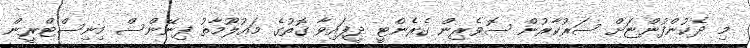
މި ދެކުންފުންޏަށް ސަރުކާރުން ސޮވެރިން ގެރެންޓީ ދީފައިވާ ގޮތުގެ މައުލޫމާތު ފިނޭންސް މިނިސްޓްރީން